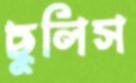
ছুলিস